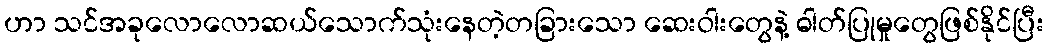
ဟာ သင်အခုလောလောဆယ်သောက်သုံးနေတဲ့တခြားသော ဆေးဝါးတွေနဲ့ ဓါတ်ပြုမှုတွေဖြစ်နိုင်ပြီး